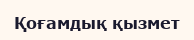
Қоғамдық қызмет